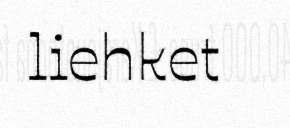
liehket